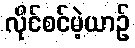
လိုင်စင်မဲ့ယာဉ်